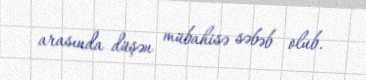
arasında düşən mübahisə səbəb olub.